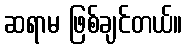
ဆရာမ ဖြစ်ချင်တယ်။